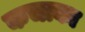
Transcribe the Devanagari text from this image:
कचाका